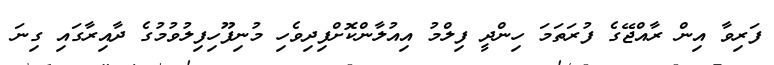
ފަރިވާ އިން ރާއްޖޭގެ ފުރަތަމަ ހިންދީ ފިލްމު އިއުލާންކޮށްފިދިވެހި މުނިފޫހިފިލުވުމުގެ ދާއިރާގައި ގިނަ